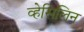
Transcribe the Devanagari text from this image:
व्हेसिलिन